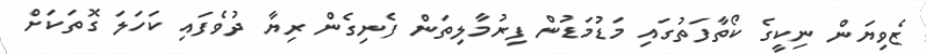
ޒެވިޔަން ނިކީގެ ކޯތާފަތުގައި މަޑުމަޑުން ފިރުމާލިތަން ފެނިގެން ރިޔާ ދުވެފައި ކަހަލަ ގޮތަކަށް